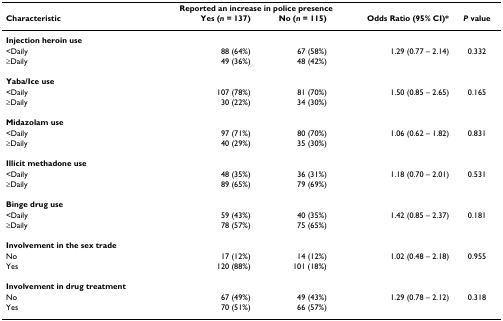
<table><thead><tr><td></td><td colspan="4"><b>Reported an increase in police presence</b></td></tr><tr><td><b>Characteristic</b></td><td><b>Yes (<i>n </i>= 137)</b></td><td><b>No (<i>n </i>= 115)</b></td><td><b>Odds Ratio (95% CI)*</b></td><td><b><i>P </i>value</b></td></tr></thead><tbody><tr><td><b>Injection heroin use</b></td><td></td><td></td><td></td><td></td></tr><tr><td>&lt;Daily</td><td>88 (64%)</td><td>67 (58%)</td><td>1.29 (0.77 – 2.14)</td><td>0.332</td></tr><tr><td>≥Daily</td><td>49 (36%)</td><td>48 (42%)</td><td></td><td></td></tr><tr><td><b>Yaba/Ice use</b></td><td></td><td></td><td></td><td></td></tr><tr><td>&lt;Daily</td><td>107 (78%)</td><td>81 (70%)</td><td>1.50 (0.85 – 2.65)</td><td>0.165</td></tr><tr><td>≥Daily</td><td>30 (22%)</td><td>34 (30%)</td><td></td><td></td></tr><tr><td><b>Midazolam use</b></td><td></td><td></td><td></td><td></td></tr><tr><td>&lt;Daily</td><td>97 (71%)</td><td>80 (70%)</td><td>1.06 (0.62 – 1.82)</td><td>0.831</td></tr><tr><td>≥Daily</td><td>40 (29%)</td><td>35 (30%)</td><td></td><td></td></tr><tr><td><b>Illicit methadone use</b></td><td></td><td></td><td></td><td></td></tr><tr><td>&lt;Daily</td><td>48 (35%)</td><td>36 (31%)</td><td>1.18 (0.70 – 2.01)</td><td>0.531</td></tr><tr><td>≥Daily</td><td>89 (65%)</td><td>79 (69%)</td><td></td><td></td></tr><tr><td><b>Binge drug use</b></td><td></td><td></td><td></td><td></td></tr><tr><td>&lt;Daily</td><td>59 (43%)</td><td>40 (35%)</td><td>1.42 (0.85 – 2.37)</td><td>0.181</td></tr><tr><td>≥Daily</td><td>78 (57%)</td><td>75 (65%)</td><td></td><td></td></tr><tr><td><b>Involvement in the sex trade</b></td><td></td><td></td><td></td><td></td></tr><tr><td>No</td><td>17 (12%)</td><td>14 (12%)</td><td>1.02 (0.48 – 2.18)</td><td>0.955</td></tr><tr><td>Yes</td><td>120 (88%)</td><td>101 (18%)</td><td></td><td></td></tr><tr><td><b>Involvement in drug treatment</b></td><td></td><td></td><td></td><td></td></tr><tr><td>No</td><td>67 (49%)</td><td>49 (43%)</td><td>1.29 (0.78 – 2.12)</td><td>0.318</td></tr><tr><td>Yes</td><td>70 (51%)</td><td>66 (57%)</td><td></td><td></td></tr></tbody></table>